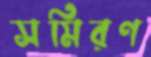
সমিরণ